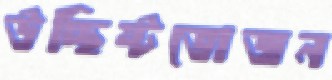
উচ্ছিষ্টভোজন